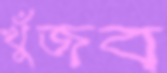
খুঁজব